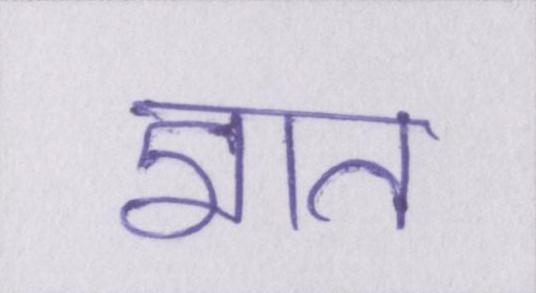
ज्ञात